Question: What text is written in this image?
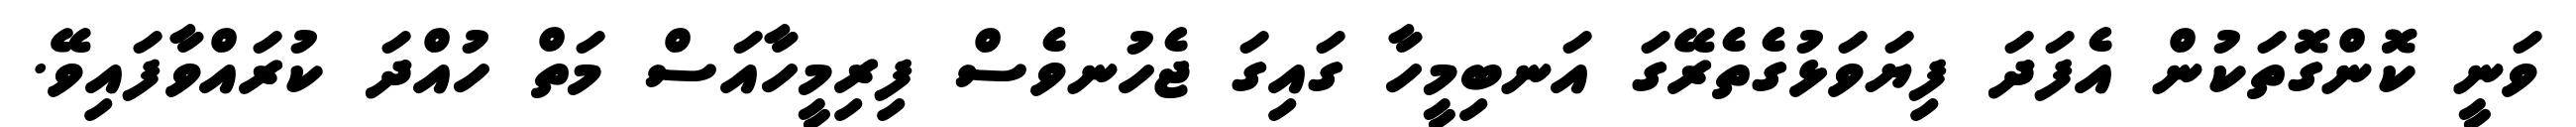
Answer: ވަނީ ކޮންގޮތަކުން އެފަދަ ފިޔަވަޅުގެތެރޭގަ އަނބިމީހާ ގައިގަ ޖެހުނވެސް ފިރިމީހާއަސް މަތް ހުއްދަ ކުރައްވާފައިވޭ.